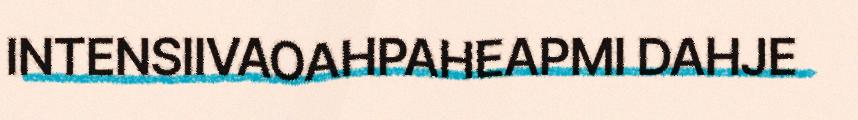
INTENSIIVAOAHPAHEAPMI DAHJE